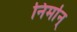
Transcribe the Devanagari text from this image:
निर्मान्